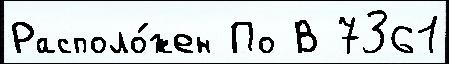
Располо́жен По В 7361